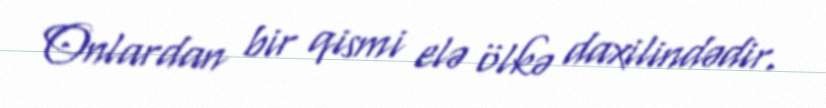
Onlardan bir qismi elə ölkə daxilindədir.